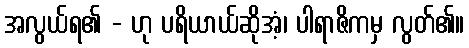
အလွယ်ရ၏ - ဟု ပရိယာယ်ဆိုအံ့၊ ပါရာဇိကမှ လွတ်၏။